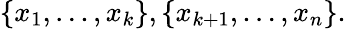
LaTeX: \{ x_{1},\ldots,x_{k}\} ,\{ x_{k+1},\ldots,x_{n}\} .